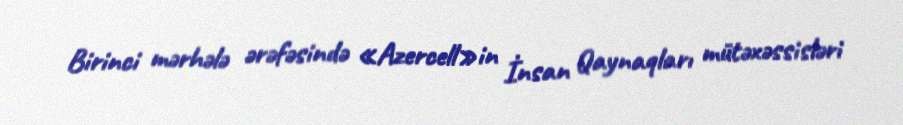
Birinci mərhələ ərəfəsində «Azercell»in İnsan Qaynaqları mütəxəssisləri